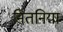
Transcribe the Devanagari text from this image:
नितनिया